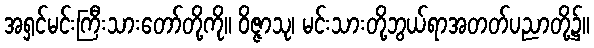
အရှင်မင်းကြီးသားတော်တို့ကို။ ဝိဇ္ဇာသု၊ မင်းသားတို့ဘွယ်ရာအတတ်ပညာတို့၌။